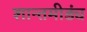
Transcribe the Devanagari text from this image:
शान्तमीड्यं